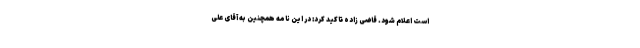
است اعلام شود. قاضی زاده تاکید کرد: در این نامه همچنین به آقای علی